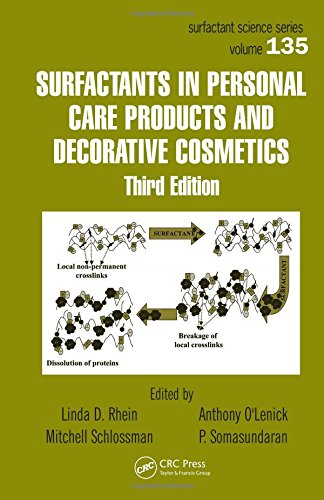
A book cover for Surfactants in Personal Care Products and Decorative Cosmetics, Third Edition (Surfactant Science); Science & Math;